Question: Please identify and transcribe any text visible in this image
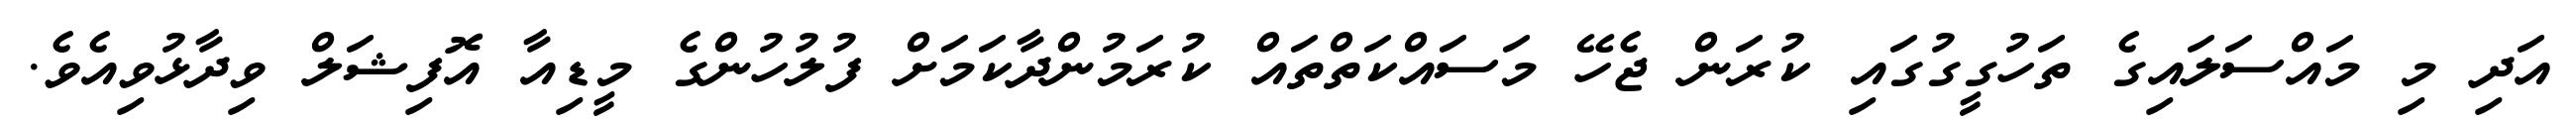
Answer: އަދި މި މައްސަލައިގެ ތަހުގީގުގައި ކުރަން ޖެހޭ މަސައްކަތްތައް ކުރަމުންދާކަމަށް ފުލުހުންގެ މީޑިއާ އޮފިޝަލް ވިދާޅުވިއެވެ.